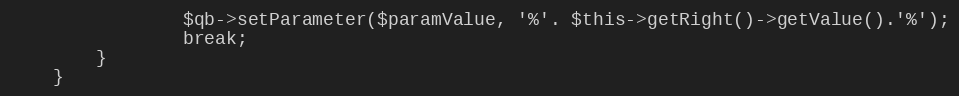
Language: PHP
                $qb->setParameter($paramValue, '%'. $this->getRight()->getValue().'%');
                break;
        }
    }